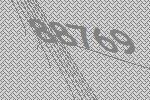
88769